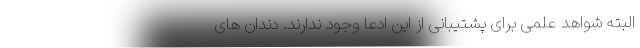
البته شواهد علمی برای پشتیبانی از این ادعا وجود ندارند. دندان های